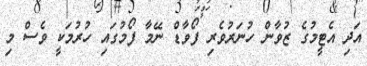
އަދި އެޓީމުގެ ޒުވާން ހުނަރުވެރި ފޯވާޑް ނޭމާ ފޯމުގައި ހުރުމަކީ ވެސް މި